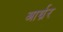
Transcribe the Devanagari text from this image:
आर्थ्रर